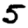
Digit: 5